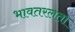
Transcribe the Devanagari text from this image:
भावतरलता